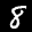
Label: 8